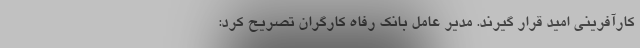
کارآفرینی امید قرار گیرند. مدیر عامل بانک رفاه کارگران تصریح کرد: